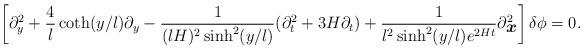
LaTeX: \begin{align*}\left[\partial_y^2 +\frac{4}{l}\coth(y/l)\partial_y -\frac{1}{(lH)^2\sinh^2(y/l)}(\partial_t^2 +3H\partial_t)+\frac{1}{l^2\sinh^2(y/l)e^{2Ht}}\partial_{\mbox{\boldmath $x$}}^2 \right]\delta\phi=0 .\end{align*}